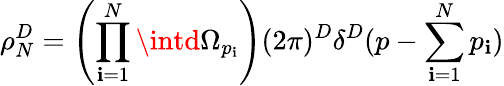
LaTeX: \rho_{N}^{D}=\left(\prod_{\mathbf{i}=1}^{N}\intd\Omega_{p_{\mathbf{i}}}\right)(2\pi)^{D}\delta^{D}(p-\sum_{\mathbf{i}=1}^{N}p_{\mathbf{i}})